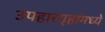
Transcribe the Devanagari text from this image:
उपहारगृहांमध्ये